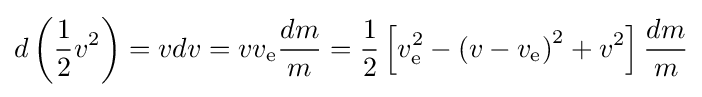
d\left({\frac {1}{2}}v^{2}\right)=vdv=vv_{\text{e}}{\frac {dm}{m}}={\frac {1}{2}}\left[v_{\text{e}}^{2}-\left(v-v_{\text{e}}\right)^{2}+v^{2}\right]{\frac {dm}{m}}